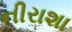
નીરાશા